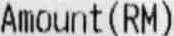
AMOUNT(RM)